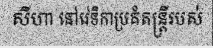
សីហា នៅវេទិកាប្រគំតន្ត្រីរបស់